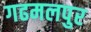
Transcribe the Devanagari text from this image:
गढमलपुर